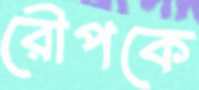
রৌপকে